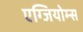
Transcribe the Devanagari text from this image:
एग्जियोम्स